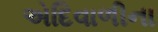
એદિવાળીના